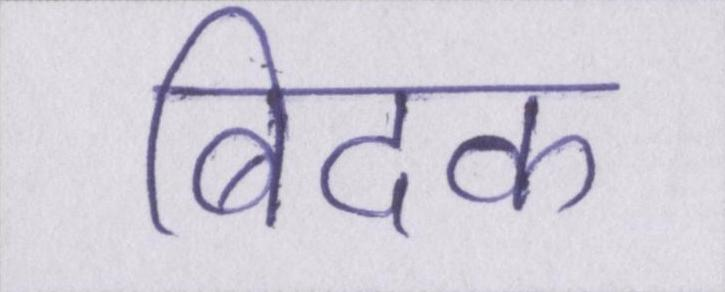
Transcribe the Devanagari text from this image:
बिदक